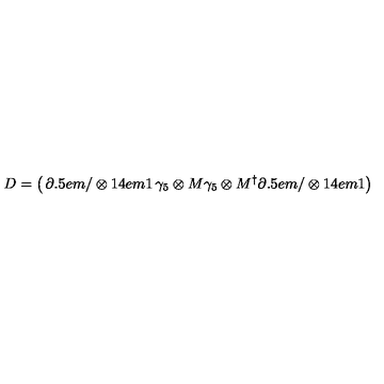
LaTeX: D = \left( \begin{matrix} { \partial \kern - 0 . 5 e m / \otimes { 1 \kern - . 4 e m 1 } } & { \gamma _ { 5 } \otimes M } \\ { \gamma _ { 5 } \otimes M ^ { \dag } } & { \partial \kern - 0 . 5 e m / \otimes { 1 \kern - . 4 e m 1 } } \\ \end{matrix} \right)